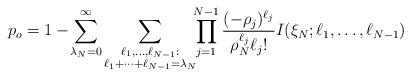
LaTeX: \begin{align*} p_{o} = 1-\!\sum_{\lambda_N=0}^\infty \sum_{\substack{\ell_{1},\ldots,\ell_{N-1}:\\\ell_{1}+\cdots+\ell_{N-1}=\lambda_N}} \!\!\prod_{j=1}^{N-1}\frac{(-\rho_j)^{\ell_j}}{\rho_N^{\ell_j}\ell_j!} I(\xi_N;\ell_1,\ldots,\ell_{N-1})\end{align*}